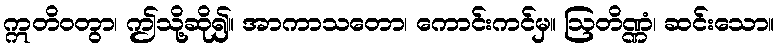
ဣတိဝတွာ၊ ဤသို့ဆို၍။ အာကာသတော၊ ကောင်းကင်မှ။ ဩတိဏ္ဏံ၊ ဆင်းသော။